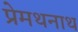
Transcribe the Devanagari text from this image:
प्रेमथनाथ